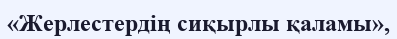
«Жерлестердің сиқырлы қаламы»,